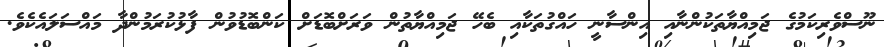
ނޫސްވެރިކަމުގެ ޖަމިއްޔާތަކުންނާއި އިންސާނީ ހައްގުތަކާއި ބެހޭ ޖަމިއްޔާތުން ވަރަށްބޮޑަށް ކަންބޮޑުވުން ފާޅުކުރަމުންދާ މައްސަލައެކެވެ.